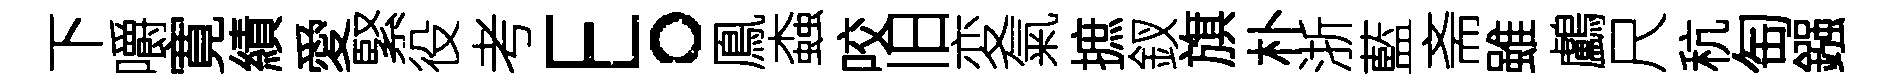
下嚼寛績愛緊役考E。鳯螙咬旧変氣摭釵旗朴浙藍斋雖鸕尺秔匋鏹